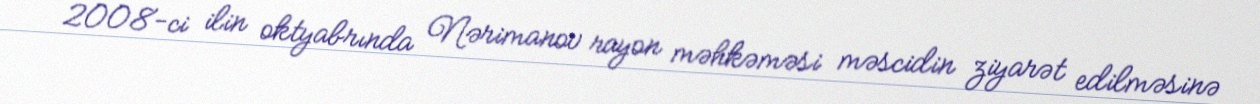
2008-ci ilin oktyabrında Nərimanov rayon məhkəməsi məscidin ziyarət edilməsinə